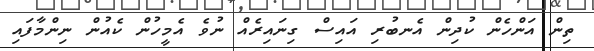
ތިން އަންހެން ކުދިން އެނބުރި އައިސް ގިނައިރެއް ނުވެ އެމީހުން ކެއުން ނިންމާފައި